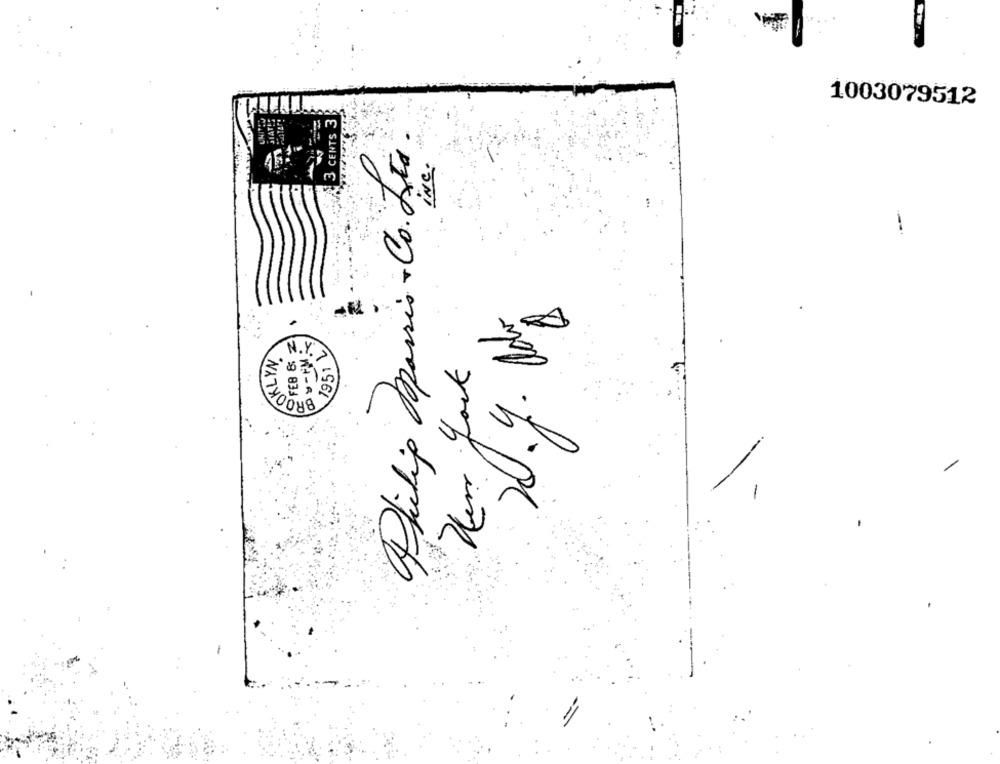
1003079512
UNIVES
3 CENTS 3
Philip Passio - Co. Ltd
inc .
-
· Ado
SFEB B.
1951 2
OKLYN.
20.9.1
-